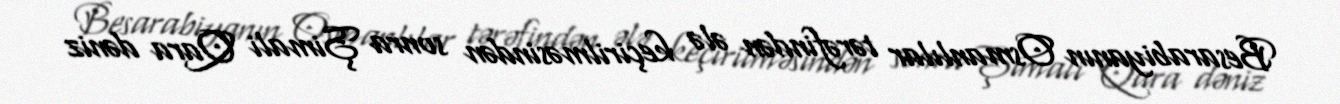
Besarabiyanın Osmanlılar tərəfindən ələ keçirilməsindən sonra Şimali Qara dəniz